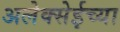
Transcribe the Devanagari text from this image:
अलेक्सेईच्या